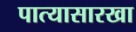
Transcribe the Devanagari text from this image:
पात्यासारखा